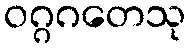
ဝဂ္ဂဂတေသု